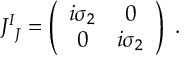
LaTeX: { \cal J } _ { ~ J } ^ { I } = \left( \begin{array} { c c } { { i \sigma _ { 2 } } } & { { 0 } } \\ { { 0 } } & { { i \sigma _ { 2 } } } \end{array} \right) \ .